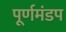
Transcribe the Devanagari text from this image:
पूर्णमंडप